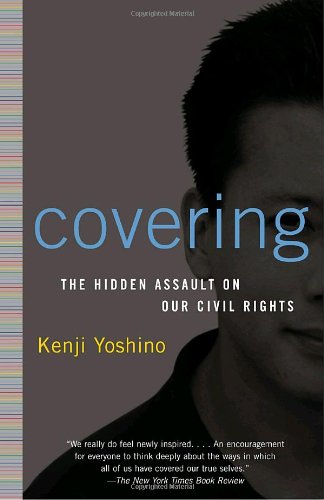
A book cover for Covering: The Hidden Assault on Our Civil Rights; Kenji Yoshino; Gay & Lesbian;